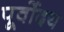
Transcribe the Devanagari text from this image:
पूर्वोदय